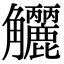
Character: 𧥗